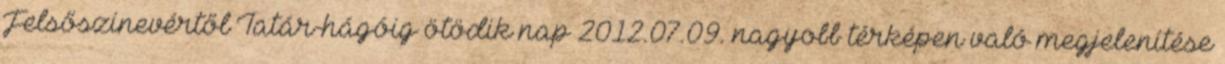
Felsőszinevértől Tatár-hágóig ötödik nap 2012.07.09. nagyobb térképen való megjelenítése